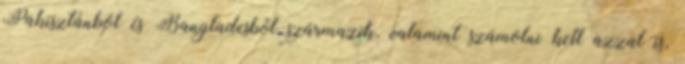
Pakisztánból és Bangladesből származik, valamint számolni kell azzal is,